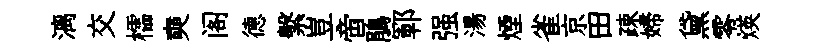
漓交櫺奭阁德繫豈啻鵑鄆强湯煙雀京田疎婦黛零煐